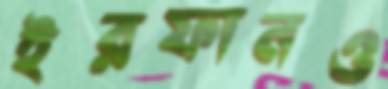
ইরফানও